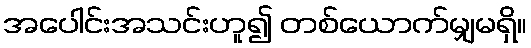
အပေါင်းအသင်းဟူ၍ တစ်ယောက်မျှမရှိ။